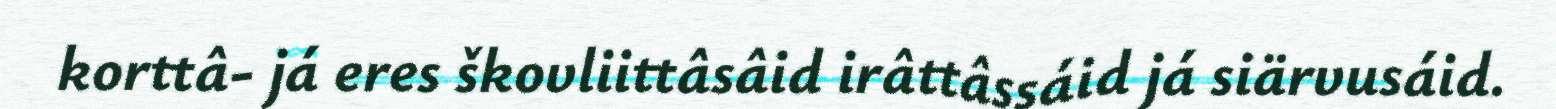
korttâ- já eres škovliittâsâid irâttâssáid já siärvusáid.